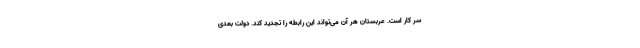
سر کار است. عربستان هر آن می‌تواند این رابطه را تجدید کند. دولت بعدی